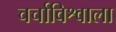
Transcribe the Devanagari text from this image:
चर्चाविश्वाला